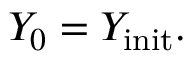
Y _ { 0 } = Y _ { \mathrm { i n i t } } .